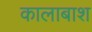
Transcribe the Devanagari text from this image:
कालाबाश